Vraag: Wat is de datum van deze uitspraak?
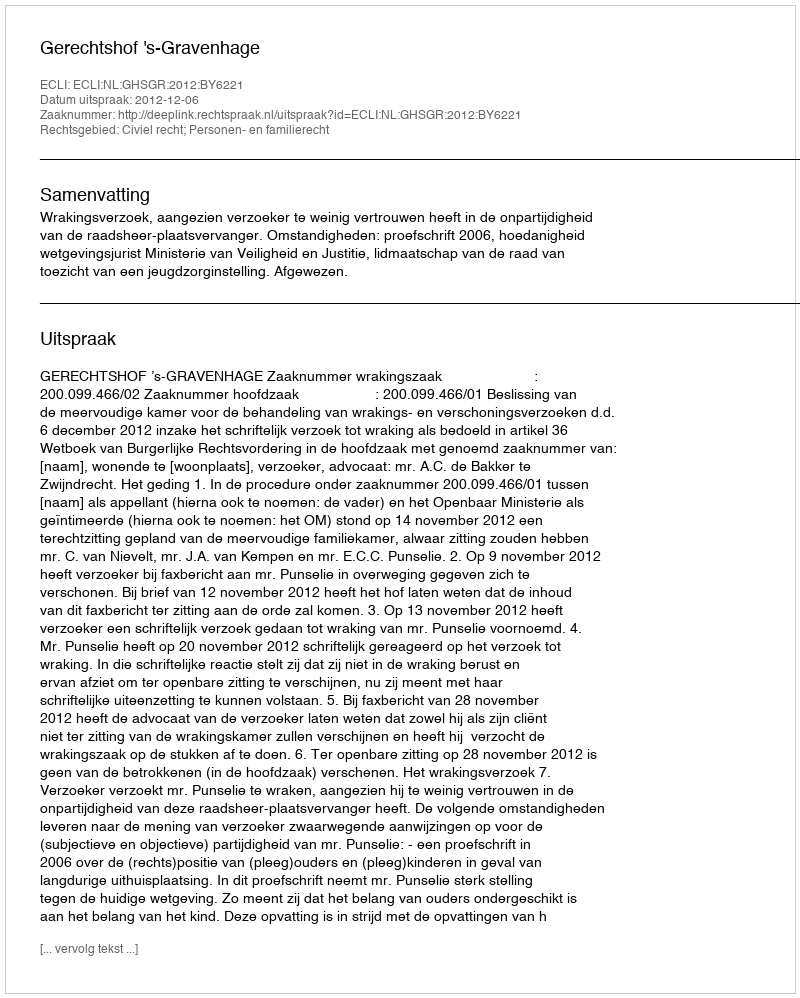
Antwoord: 2012-12-06